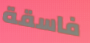
فاسقة